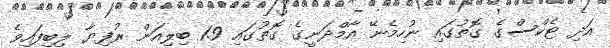
އަދި ޓެކްސްގެ ގޮތުގައި ނުހިމެނޭ އާމްދަނީގެ ގޮތުގައި 1.9 ބިލިއަން ރުފިޔާ ލިބިފައިވެ